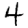
Digit: 4